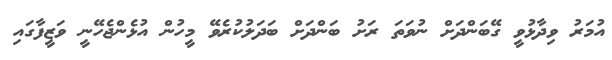
އުމަރު ވިދާޅުވީ ގޭބަންދަށް ނުވަތަ ރަށު ބަންދަށް ބަދަލުކުރެވޭ މީހުން އުޅެންޖެހޭނީ ވަޒީފާގައި